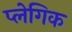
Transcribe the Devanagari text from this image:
प्लेगिक